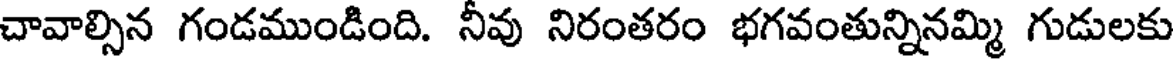
చావాల్సిన గండముండింది. నీవు నిరంతరం భగవంతున్నినమ్మి గుడులకు